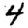
Digit: 4